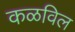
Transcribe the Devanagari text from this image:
कळविल